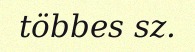
többes sz.